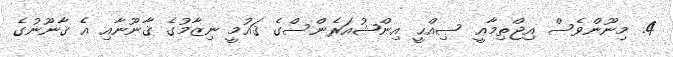
4. މިނޫންވެސް އިޖްތިމާޢީ ޞިއްޙީ އިންޝުއަރެންސްގެ ޤައުމީ ނިޒާމުގެ ޤާނޫނާއި އެ ޤާނޫނުގެ